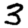
Digit: 3